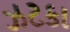
ઝટકા